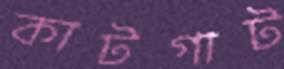
কাটগাট